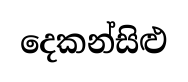
දෙකන්සිළු